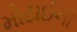
મોટાઈની